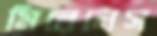
মিরেলেস